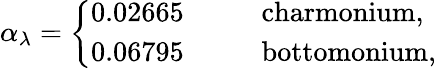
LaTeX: \alpha_{\lambda}=\left\{ \begin{array}{ll}{{0.02665~~~~~~~}}&{{\mathrm{charmonium,}}}\\ {{0.06795~~~~}}&{{\mathrm{bottomonium,}}}\end{array}\right.